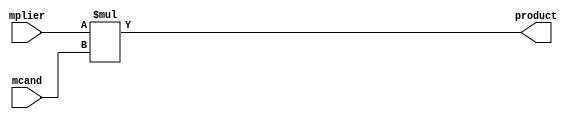
module combinational_multiplier_32x32
  (input  [31:0] mplier,
   input  [31:0] mcand,
   output [63:0] product);
  wire [63:0] n1_o;
  wire [63:0] n2_o;
  wire [63:0] n3_o;
  assign product = n3_o;
  /* src/combinational_multiplier_16x16.vhd:23:54  */
  assign n1_o = {32'b0, mplier};  //  uext
  /* src/combinational_multiplier_16x16.vhd:23:54  */
  assign n2_o = {32'b0, mcand};  //  uext
  /* src/combinational_multiplier_16x16.vhd:23:54  */
  assign n3_o = n1_o * n2_o; // umul
endmodule